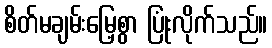
စိတ်မချမ်းမြေ့စွာ ပြုံးလိုက်သည်။